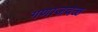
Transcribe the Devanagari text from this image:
गणाजवळ